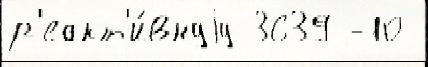
р'еакт'и́внуjу 3639 -10